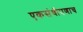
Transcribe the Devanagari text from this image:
एकसंधीपणाच